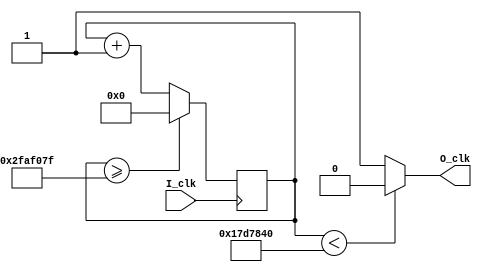
module clock_divider #(parameter DIVISOR = 27'd50000000) (
    input wire I_clk,
    output wire O_clk
    );
    
    reg[26:0] counter=27'd0;
    
    always @(posedge I_clk) begin
        counter <= counter + 27'd1;
        if(counter >= (DIVISOR-1)) begin
            counter <= 27'd0;
        end
    end
    
    assign O_clk = (counter < DIVISOR/2) ? 0: 1;

endmodule